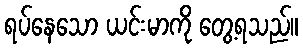
ရပ်နေသော ယင်းမာကို တွေ့ရသည်။